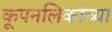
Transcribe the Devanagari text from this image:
कूपनलिकांच्या